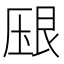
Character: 𰆠